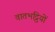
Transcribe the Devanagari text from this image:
वातभट्ठियों